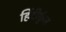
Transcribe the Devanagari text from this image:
हिंदीकुंज